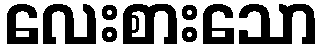
လေးစားသော